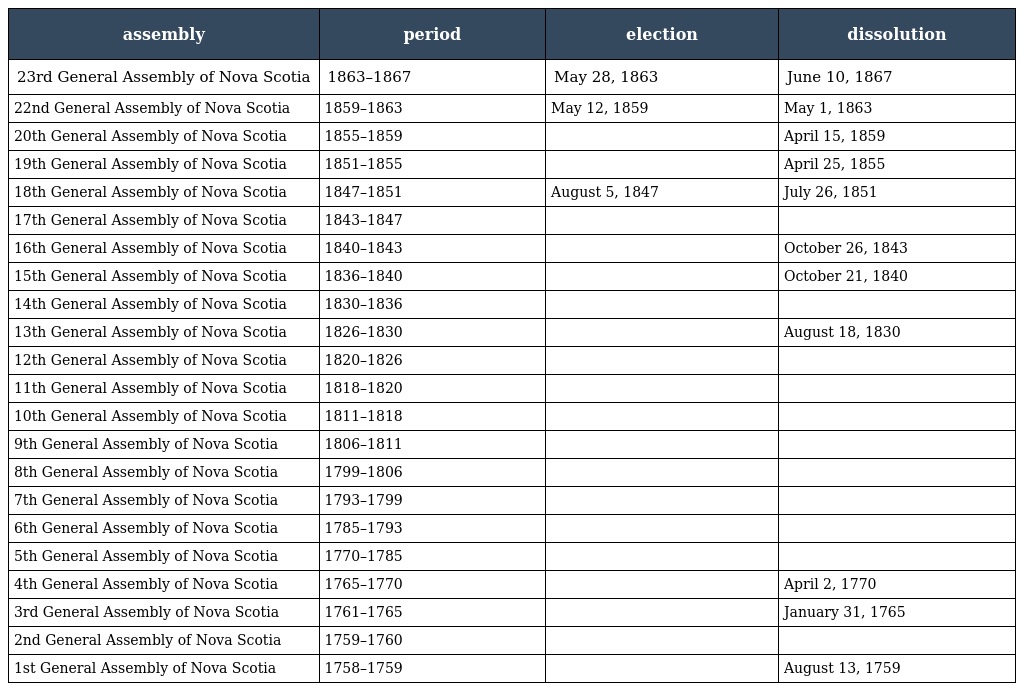
| assembly | period | election | dissolution |
 | --- | --- | --- | --- |
 | 23rd General Assembly of Nova Scotia | 1863–1867 | May 28, 1863 | June 10, 1867 |
 | 22nd General Assembly of Nova Scotia | 1859–1863 | May 12, 1859 | May 1, 1863 |
 | 20th General Assembly of Nova Scotia | 1855–1859 |  | April 15, 1859 |
 | 19th General Assembly of Nova Scotia | 1851–1855 |  | April 25, 1855 |
 | 18th General Assembly of Nova Scotia | 1847–1851 | August 5, 1847 | July 26, 1851 |
 | 17th General Assembly of Nova Scotia | 1843–1847 |  |  |
 | 16th General Assembly of Nova Scotia | 1840–1843 |  | October 26, 1843 |
 | 15th General Assembly of Nova Scotia | 1836–1840 |  | October 21, 1840 |
 | 14th General Assembly of Nova Scotia | 1830–1836 |  |  |
 | 13th General Assembly of Nova Scotia | 1826–1830 |  | August 18, 1830 |
 | 12th General Assembly of Nova Scotia | 1820–1826 |  |  |
 | 11th General Assembly of Nova Scotia | 1818–1820 |  |  |
 | 10th General Assembly of Nova Scotia | 1811–1818 |  |  |
 | 9th General Assembly of Nova Scotia | 1806–1811 |  |  |
 | 8th General Assembly of Nova Scotia | 1799–1806 |  |  |
 | 7th General Assembly of Nova Scotia | 1793–1799 |  |  |
 | 6th General Assembly of Nova Scotia | 1785–1793 |  |  |
 | 5th General Assembly of Nova Scotia | 1770–1785 |  |  |
 | 4th General Assembly of Nova Scotia | 1765–1770 |  | April 2, 1770 |
 | 3rd General Assembly of Nova Scotia | 1761–1765 |  | January 31, 1765 |
 | 2nd General Assembly of Nova Scotia | 1759–1760 |  |  |
 | 1st General Assembly of Nova Scotia | 1758–1759 |  | August 13, 1759 |